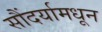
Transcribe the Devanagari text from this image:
सौंदर्यामधून